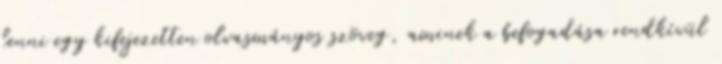
lenni egy kifejezetten olvasmányos szöveg, aminek a befogadása rendkívül